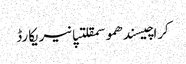
کراچیسندھموسمقلتپانیریکارڈ